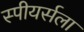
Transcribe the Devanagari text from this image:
स्पीयर्सला